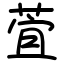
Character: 萓